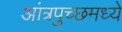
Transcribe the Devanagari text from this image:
आंत्रपुच्छमध्ये